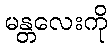
မန္တလေးကို